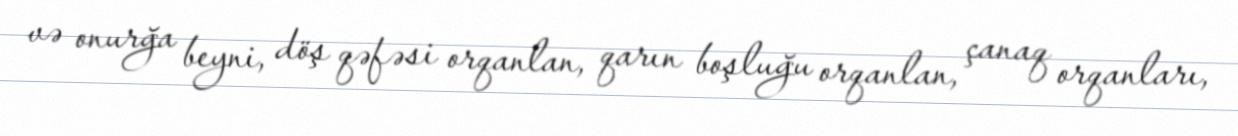
və onurğa beyni, döş qəfəsi orqanlan, qarın boşluğu orqanlan, çanaq orqanları,